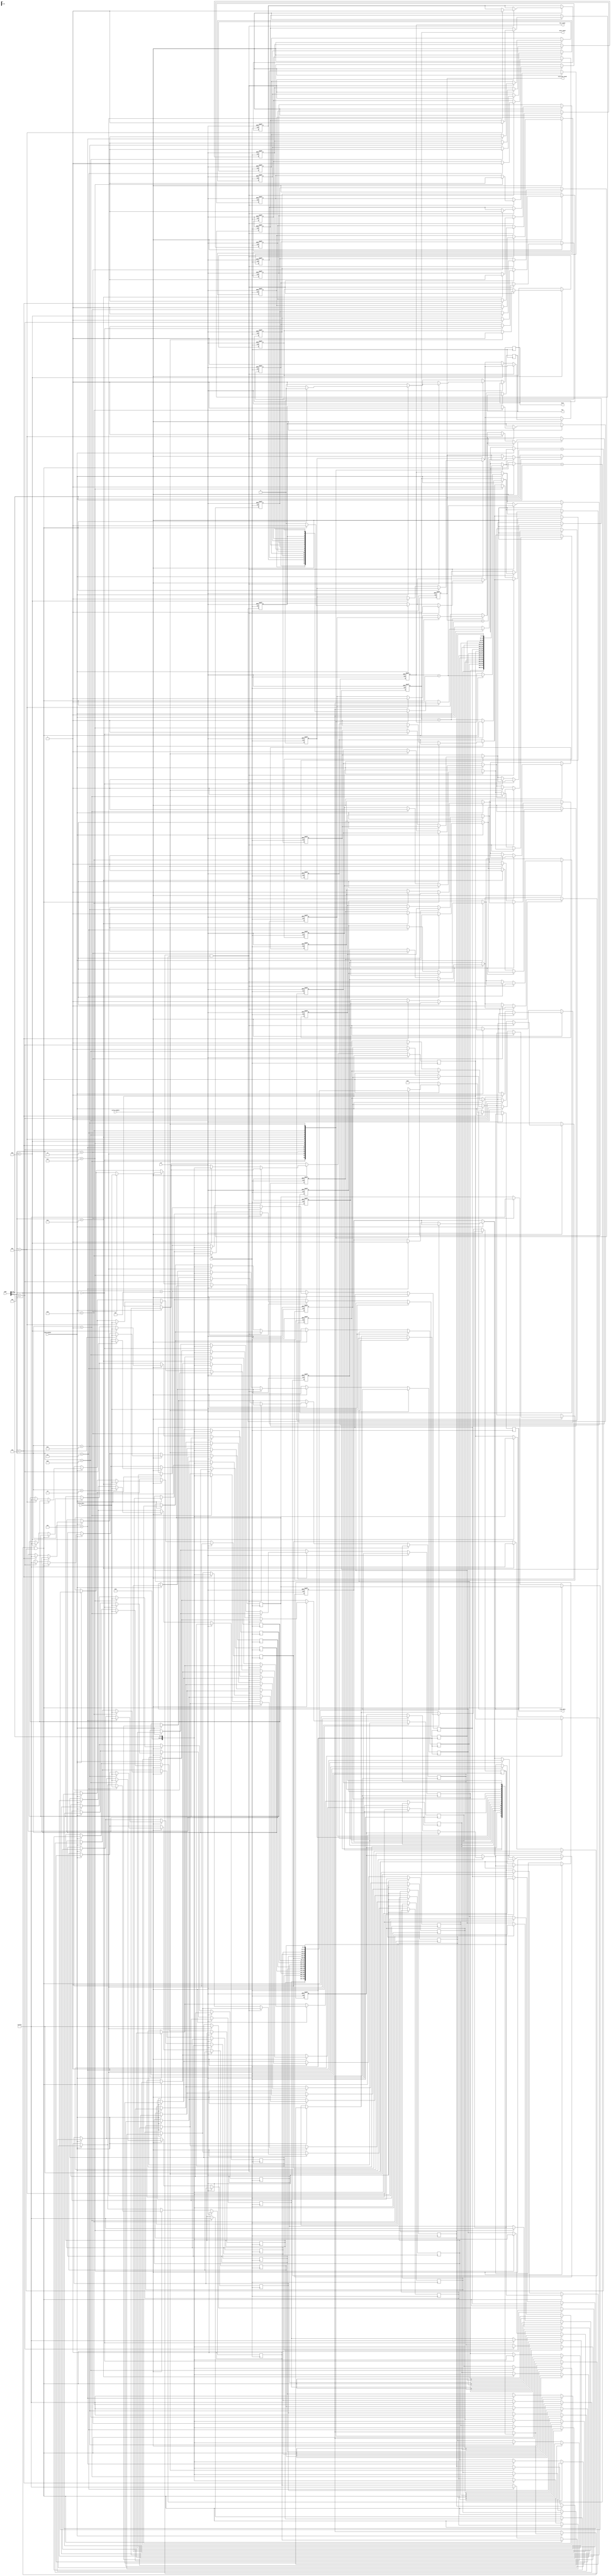
module private_cache #(
    parameter CACHE_SIZE = 256, // Total cache size in bytes
    parameter BLOCK_SIZE = 16,   // Block size in bytes
    parameter ADDR_WIDTH = 32    // Address width
) (
    input wire clk,
    input wire rst,
    input wire [ADDR_WIDTH-1:0] addr,
    input wire [BLOCK_SIZE-1:0] write_data,
    input wire read_enable,
    input wire write_enable,
    output reg [BLOCK_SIZE-1:0] read_data,
    output reg hit, // Cache hit indicator
    output reg miss, // Cache miss indicator
    output reg [31:0] hit_count, // Cache hit counter
    output reg [31:0] miss_count, // Cache miss counter
    output reg [31:0] eviction_count // Cache eviction counter
);

    localparam NUM_BLOCKS = CACHE_SIZE / BLOCK_SIZE;
    
    // Cache block structure
    reg [ADDR_WIDTH-1:0] cache_tag [0:NUM_BLOCKS-1];
    reg [BLOCK_SIZE-1:0] cache_data [0:NUM_BLOCKS-1];
    reg cache_valid [0:NUM_BLOCKS-1];
    reg cache_dirty [0:NUM_BLOCKS-1];
    
    // Compute index and tag
    wire [log2(NUM_BLOCKS)-1:0] index = addr[log2(NUM_BLOCKS)-1:0];
    wire [ADDR_WIDTH-1:log2(NUM_BLOCKS)] tag = addr[ADDR_WIDTH-1:log2(NUM_BLOCKS)];
    
    integer i;
    
    // Initialize cache
    initial begin
        hit_count = 0;
        miss_count = 0;
        eviction_count = 0;
        for (i = 0; i < NUM_BLOCKS; i = i + 1) begin
            cache_valid[i] = 0;
            cache_dirty[i] = 0;
        end
    end
    
    // Cache operation
    always @(posedge clk or posedge rst) begin
        if (rst) begin
            hit_count <= 0;
            miss_count <= 0;
            eviction_count <= 0;
            for (i = 0; i < NUM_BLOCKS; i = i + 1) begin
                cache_valid[i] <= 0;
                cache_dirty[i] <= 0;
            end
        end else begin
            hit = 0;
            miss = 0;

            if (read_enable) begin
                // Read operation
                if (cache_valid[index] && (cache_tag[index] == tag)) begin
                    hit = 1;
                    read_data <= cache_data[index]; // Cache hit
                    hit_count <= hit_count + 1;
                end else begin
                    miss = 1;
                    read_data <= 0; // Cache miss, read value not found
                    miss_count <= miss_count + 1;

                    // Fetch data from main memory (simulated)
                    // For now, we simulate fetching with random data
                    cache_data[index] <= {BLOCK_SIZE{1'b1}}; // Replace with memory fetch
                    cache_tag[index] <= tag;
                    cache_valid[index] <= 1;
                    
                    // Handle eviction logic if necessary
                    if (cache_dirty[index]) begin
                        eviction_count <= eviction_count + 1; // Increment eviction count
                    end
                end
            end
            
            if (write_enable) begin
                // Write operation
                if (cache_valid[index] && (cache_tag[index] == tag)) begin
                    hit = 1;
                    cache_data[index] <= write_data; // Update cache data
                    cache_dirty[index] <= 1; // Mark as dirty
                    hit_count <= hit_count + 1;
                end else begin
                    miss = 1;
                    miss_count <= miss_count + 1;

                    // Fetch and update logic
                    cache_data[index] <= {BLOCK_SIZE{1'b1}}; // Replace with memory fetch
                    cache_tag[index] <= tag;
                    cache_valid[index] <= 1;
                    cache_data[index] <= write_data; // Perform the write
                end
            end
        end
    end

    // Function to calculate log base 2
    function integer log2;
        input integer value;
        begin
            log2 = 0;
            while (2**log2 < value) begin
                log2 = log2 + 1;
            end
        end
    endfunction

endmodule